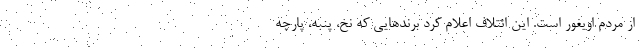
از مردم اویغور است. این ائتلاف اعلام کرد برندهایی که نخ، پنبه، پارچه